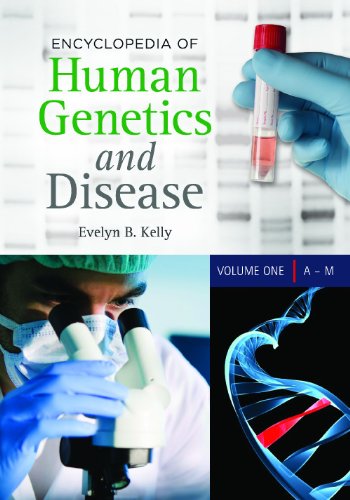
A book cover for Encyclopedia of Human Genetics and Disease [2 volumes]; Evelyn B. Kelly Ph.D.; Health, Fitness & Dieting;